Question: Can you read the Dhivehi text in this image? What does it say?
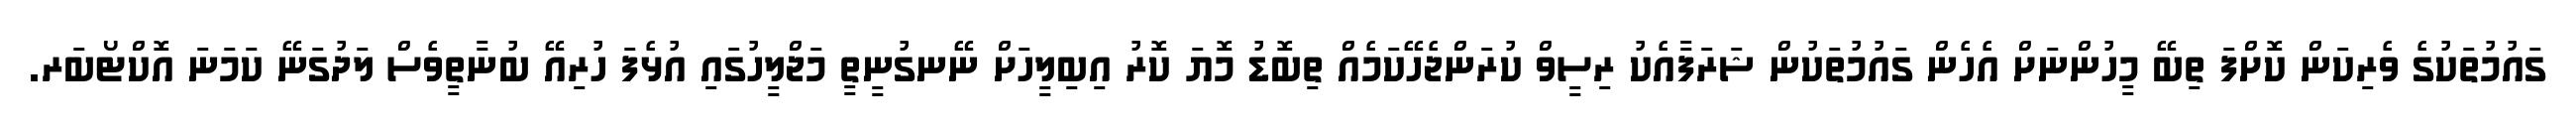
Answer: ގައުމުތަކުގެ ވެރިކަން ކޮށްފަ ތިބޭ މީހުންނަށް އެހެން ގައުމުތަކުން ޝަރަފާއެކު ރިސީވް ކުރަންޖެހޭކަމެއް ތިބޮޑު މޮޔަ ކޮރު އިބިލީހަށް ނޭނގުނީތީ މަޖްލީހުގައި އުޅެފަ ހުރިއޭ ބުނާތީވެސް ލަދުގަނޭ ކަމަނަ އޮކްޓޯބަރ.